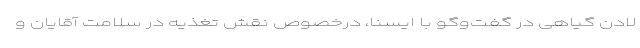
لادن گیاهی در گفت‌وگو با ایسنا، درخصوص نقش تغذیه در سلامت آقایان و